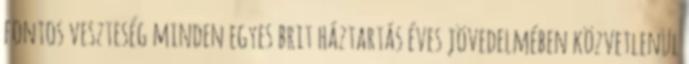
fontos veszteség minden egyes brit háztartás éves jövedelmében közvetlenül